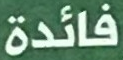
فائدة